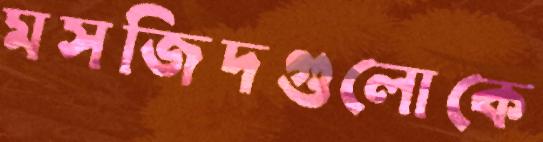
মসজিদগুলোকে